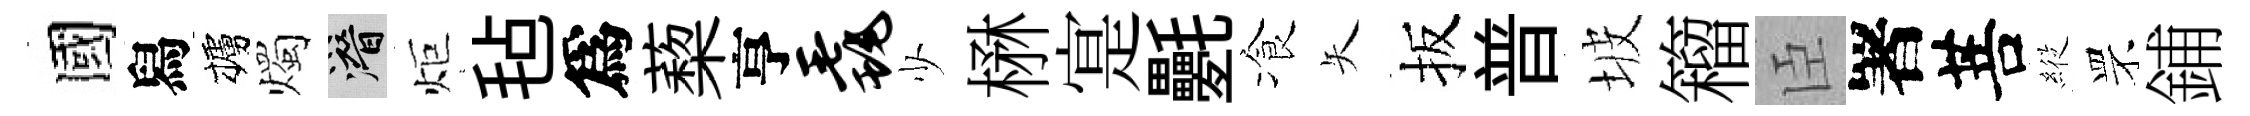
國舄櫨燭潜炬毡爲蔾亨毳少楙寔氎飡矢扳普坡籕臣署菩𦂵罘鋪